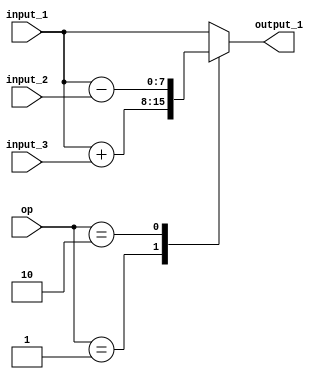
`timescale 1ns / 1ps

module ALU
(
   input  [7:0] input_1,
   input  [7:0] input_2,
   input  [7:0] input_3,
   input  [1:0] op,
   output reg[7:0] output_1
);	

	always@(*) begin
	
		case (op)
	
			0: output_1 = input_1;
			
			1: output_1 = input_1 + input_3;
			
			2: output_1 = input_1 - input_2;
			
			default: output_1 = input_1;
			
		endcase
		
	end

endmodule